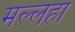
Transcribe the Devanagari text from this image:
मल्लहा